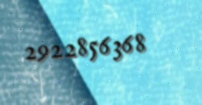
2922856368